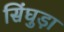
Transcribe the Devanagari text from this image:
सिंघुड़ा